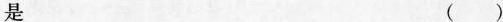
是 ( )